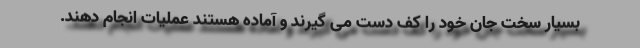
بسیار سخت جان خود را کف دست می گیرند و آماده هستند عملیات انجام دهند.